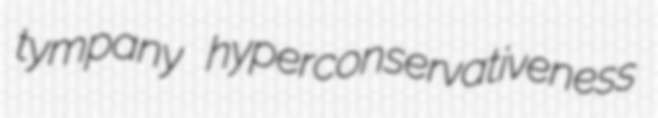
tympany hyperconservativeness